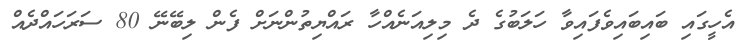
އެހީގައި ބައިބައިވެފައިވާ ހަލަބުގެ ދެ މިލިއަނެއްހާ ރައްޔިތުންނަށް ފެން ލިބޭނޭ 80 ސަރަހައްދެއް